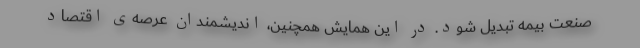
صنعت بیمه تبدیل شود. در این همایش همچنین، اندیشمندان عرصه‌ی اقتصاد